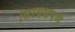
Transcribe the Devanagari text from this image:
।सावधपणे